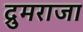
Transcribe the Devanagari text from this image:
द्रुमराजा